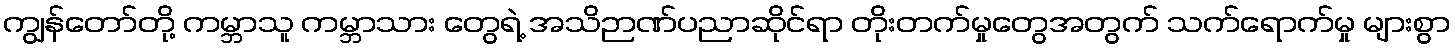
ကျွန်တော်တို့ ကမ္ဘာသူ ကမ္ဘာသား တွေရဲ့ အသိဉာဏ်ပညာဆိုင်ရာ တိုးတက်မှုတွေအတွက် သက်ရောက်မှု များစွာ